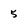
Character: 5